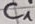
Text: C1